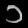
Digit: ၁